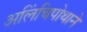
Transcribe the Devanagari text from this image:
अलिंचिपोथाने